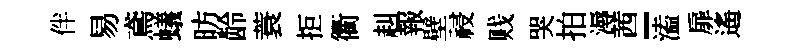
伴易鳶蟻昉龄蓑拒衢赳報壁祲贱哭拍溽茜-溘扉遙